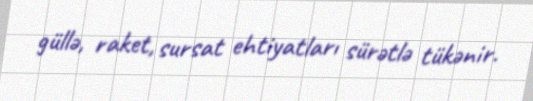
güllə, raket, sursat ehtiyatları sürətlə tükənir.